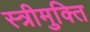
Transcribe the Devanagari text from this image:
स्त्रीमुक्ति